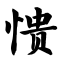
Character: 愦